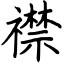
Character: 襟